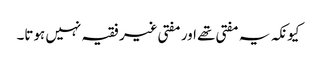
کیونکہ یہ مفتی تھے اور مفتی غیر فقیہ نہیں ہوتا۔